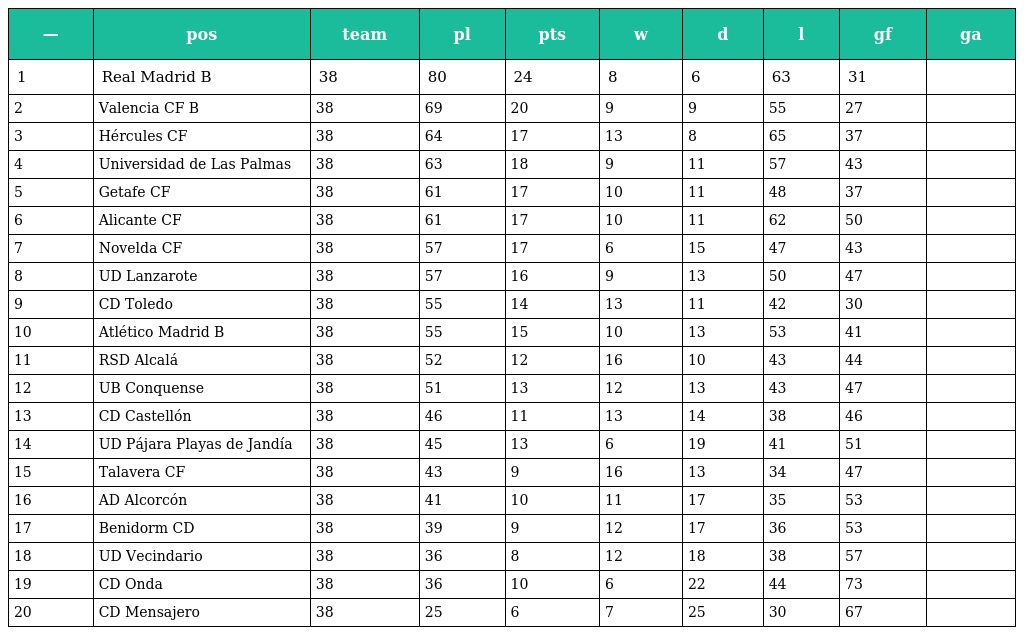
| — | pos | team | pl | pts | w | d | l | gf | ga |
 | --- | --- | --- | --- | --- | --- | --- | --- | --- | --- |
 | 1 | Real Madrid B | 38 | 80 | 24 | 8 | 6 | 63 | 31 |  |
 | 2 | Valencia CF B | 38 | 69 | 20 | 9 | 9 | 55 | 27 |  |
 | 3 | Hércules CF | 38 | 64 | 17 | 13 | 8 | 65 | 37 |  |
 | 4 | Universidad de Las Palmas | 38 | 63 | 18 | 9 | 11 | 57 | 43 |  |
 | 5 | Getafe CF | 38 | 61 | 17 | 10 | 11 | 48 | 37 |  |
 | 6 | Alicante CF | 38 | 61 | 17 | 10 | 11 | 62 | 50 |  |
 | 7 | Novelda CF | 38 | 57 | 17 | 6 | 15 | 47 | 43 |  |
 | 8 | UD Lanzarote | 38 | 57 | 16 | 9 | 13 | 50 | 47 |  |
 | 9 | CD Toledo | 38 | 55 | 14 | 13 | 11 | 42 | 30 |  |
 | 10 | Atlético Madrid B | 38 | 55 | 15 | 10 | 13 | 53 | 41 |  |
 | 11 | RSD Alcalá | 38 | 52 | 12 | 16 | 10 | 43 | 44 |  |
 | 12 | UB Conquense | 38 | 51 | 13 | 12 | 13 | 43 | 47 |  |
 | 13 | CD Castellón | 38 | 46 | 11 | 13 | 14 | 38 | 46 |  |
 | 14 | UD Pájara Playas de Jandía | 38 | 45 | 13 | 6 | 19 | 41 | 51 |  |
 | 15 | Talavera CF | 38 | 43 | 9 | 16 | 13 | 34 | 47 |  |
 | 16 | AD Alcorcón | 38 | 41 | 10 | 11 | 17 | 35 | 53 |  |
 | 17 | Benidorm CD | 38 | 39 | 9 | 12 | 17 | 36 | 53 |  |
 | 18 | UD Vecindario | 38 | 36 | 8 | 12 | 18 | 38 | 57 |  |
 | 19 | CD Onda | 38 | 36 | 10 | 6 | 22 | 44 | 73 |  |
 | 20 | CD Mensajero | 38 | 25 | 6 | 7 | 25 | 30 | 67 |  |